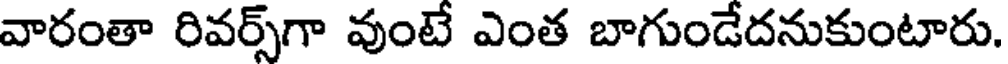
వారంతా రివర్స్గా వుంటే ఎంత బాగుండేదనుకుంటారు.